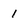
Character: l